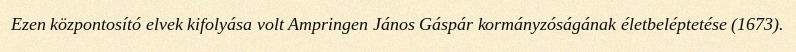
Ezen központosító elvek kifolyása volt Ampringen János Gáspár kormányzóságának életbeléptetése (1673).